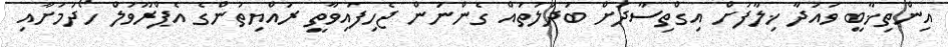
އިންތިޚާބީ ވައުދާ ޚިލާފަށް އިގްތިސާދަށް ބަދަލުތައް ގެންނަން ޖެހިފައިވާތީ ރައްޔިތުންގެ އެޕްރޫވަލް ހޯދުމަށާއި